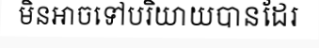
មិនអាចទៅបរិយាយបានដែរ